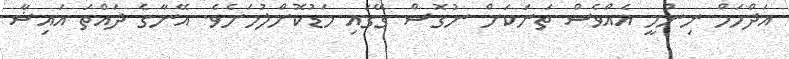
އަދްހަމް ނިންމީ އެއްވެސް ތަނަކަށް ނުގޮސް ގޭގައި މަޑުކޮށްލުމަށެވެ. އޭނާގެ ދައްތަ އައިޝާ